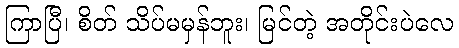
ကြာပြီ၊ စိတ် သိပ်မမှန်ဘူး၊ မြင်တဲ့ အတိုင်းပဲလေ